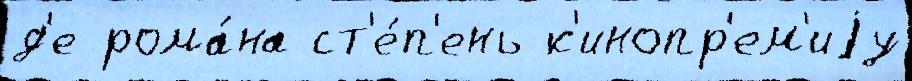
д'е рома́на ст'е́п'ень к'инопр'ем'иjу